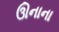
ઊનાના